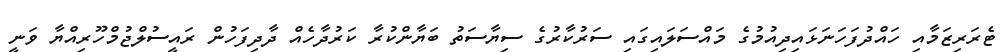
ޓެރަރިޒަމާއި ހައްދުފަހަނަޅައިދިއުމުގެ މައްސަލައިގައި ސަރުކާރުގެ ސިޔާސަތު ބަޔާންކުރާ ކަރުދާހެއް ދާދިފަހުން ރައީސުލްޖުމްހޫރިއްޔާ ވަނީ